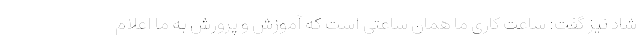
شاد نیز گفت: ساعت کاری ما همان ساعتی است که آموزش و پرورش به ما اعلام